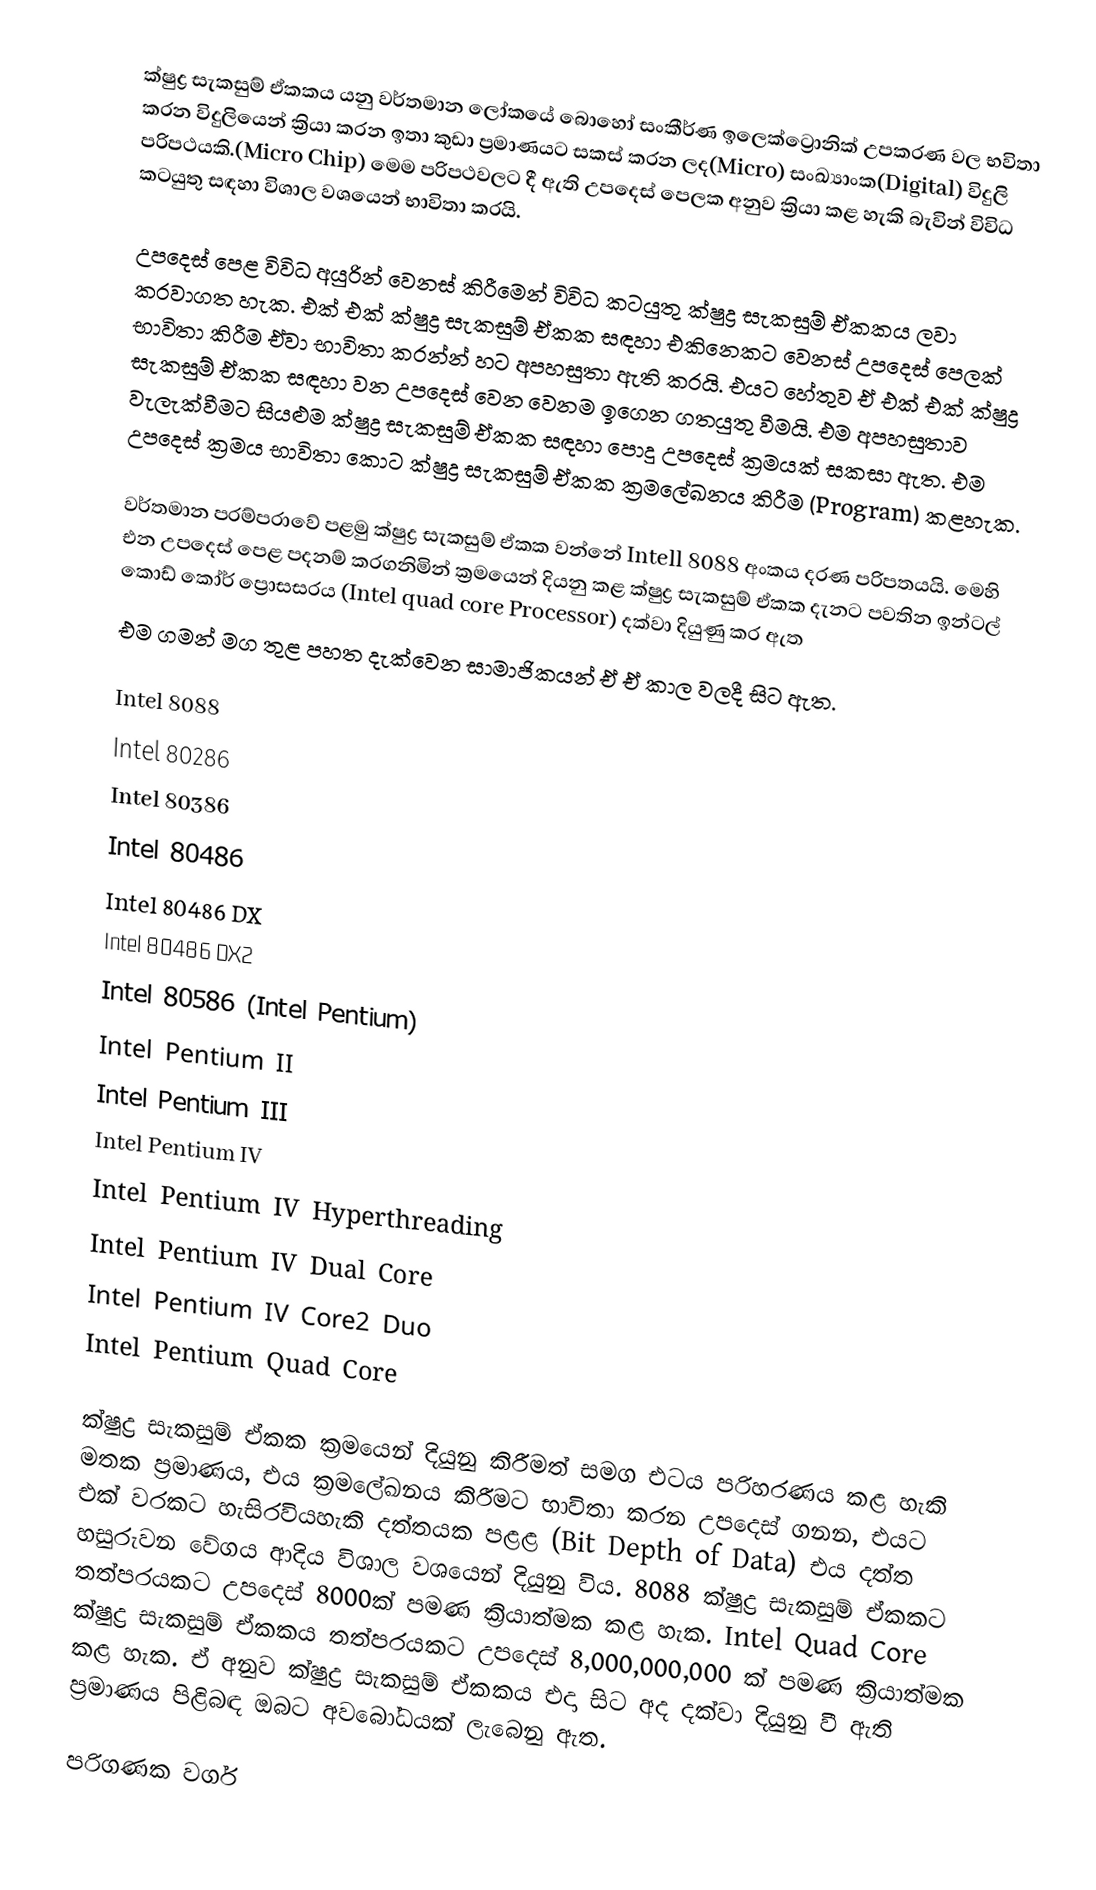
ක්ෂුද්‍ර සැකසුම් ඒකකය යනු වර්තමාන ලෝකයේ බොහෝ සංකීර්ණ ඉලෙක්ට්‍රොනික් උපකරණ වල භවිතා කරන විදුලියෙන් ක්‍රියා කරන ඉතා කුඩා ප්‍රමාණයට සකස් කරන ලද(Micro) සංඛ්‍යාංක(Digital) විදුලි පරිපථයකි.(Micro Chip) මෙම පරිපථවලට දී ඇති උපදෙස් පෙලක අනුව ක්‍රියා කළ හැකි බැවින් විවිධ කටයුතු සඳහා විශාල වශයෙන් භාවිතා කරයි.

උපදෙස් පෙළ විවිධ අයුරින් වෙනස් කිරීමෙන් විවිධ කටයුතු ක්ෂුද්‍ර සැකසුම් ඒකකය ලවා කරවාගත හැක. එක් එක් ක්ෂුද්‍ර සැකසුම් ඒකක සඳහා එකිනෙකට වෙනස් උපදෙස් පෙලක් භාවිතා කිරීම ඒවා භාවිතා කරන්න් හට අපහසුතා ඇති කරයි. එයට හේතුව ඒ එක් එක් ක්ෂුද්‍ර සැකසුම් ඒකක සඳහා වන උපදෙස් වෙන වෙනම ඉගෙන ගතයුතු වීමයි. එම අපහසුතාව වැලැක්වීමට සියළුම ක්ෂුද්‍ර සැකසුම් ඒකක සඳහා පොදු උපදෙස් ක්‍රමයක් සකසා ඇත. එම උපදෙස් ක්‍රමය භාවිතා කොට ක්ෂුද්‍ර සැකසුම් ඒකක ක්‍රමලේඛනය කිරීම (Program) කළහැක.

වර්තමාන පරම්පරාවේ පළමු ක්ෂුද්‍ර සැකසුම් ඒකක වන්නේ Intell 8088 අංකය දරණ පරිපතයයි. මෙහි එන උපදෙස් පෙළ පදනම් කරගනිමින් ක්‍රමයෙන් දියනු කළ ක්ෂුද්‍ර සැකසුම් ඒකක දැනට පවතින ඉන්ටල් කොඩ් කෝර් ප්‍රොසසරය (Intel quad core Processor) දක්වා දියුණු කර ඇත
එම ගමන් මග තුළ පහත දැක්වෙන සාමාජිකයන් ඒ ඒ කාල වලදී සිට ඇත.

 Intel 8088
 Intel 80286
 Intel 80386
 Intel 80486
 Intel 80486 DX
 Intel 80486 DX2
 Intel 80586 (Intel Pentium)
 Intel Pentium II
 Intel Pentium III
 Intel Pentium IV
 Intel Pentium IV Hyperthreading
 Intel Pentium IV Dual Core
 Intel Pentium IV Core2 Duo
 Intel Pentium Quad Core

ක්ෂුද්‍ර සැකසුම් ඒකක ක්‍රමයෙන් දියුනු කිරීමත් සමග එටය පරිහරණය කළ හැකි මතක ප්‍රමාණය, එය ක්‍රමලේඛනය කිරීමට භාවිතා කරන උපදෙස් ගනන, එයට එක් වරකට හැසිරවියහැකි දත්තයක පළළ (Bit Depth of Data) එය දත්ත හසුරුවන වේගය ආදිය විශාල වශයෙන් දියුනු විය. 8088 ක්ෂුද්‍ර සැකසුම් ඒකකට තත්පරයකට උපදෙස් 8000ක් පමණ ක්‍රියාත්මක කළ හැක. Intel Quad Core ක්ෂුද්‍ර සැකසුම් ඒකකය තත්පරයකට උපදෙස් 8,000,000,000 ක් පමණ ක්‍රියාත්මක කළ හැක. ඒ අනුව ක්ෂුද්‍ර සැකසුම් ඒකකය එදා සිට අද දක්වා දියුනු වී ඇති ප්‍රමාණය පිළිබඳ ඔබට අවබෝධයක් ලැබෙනු ඇත.

පරිගණක වර්ග